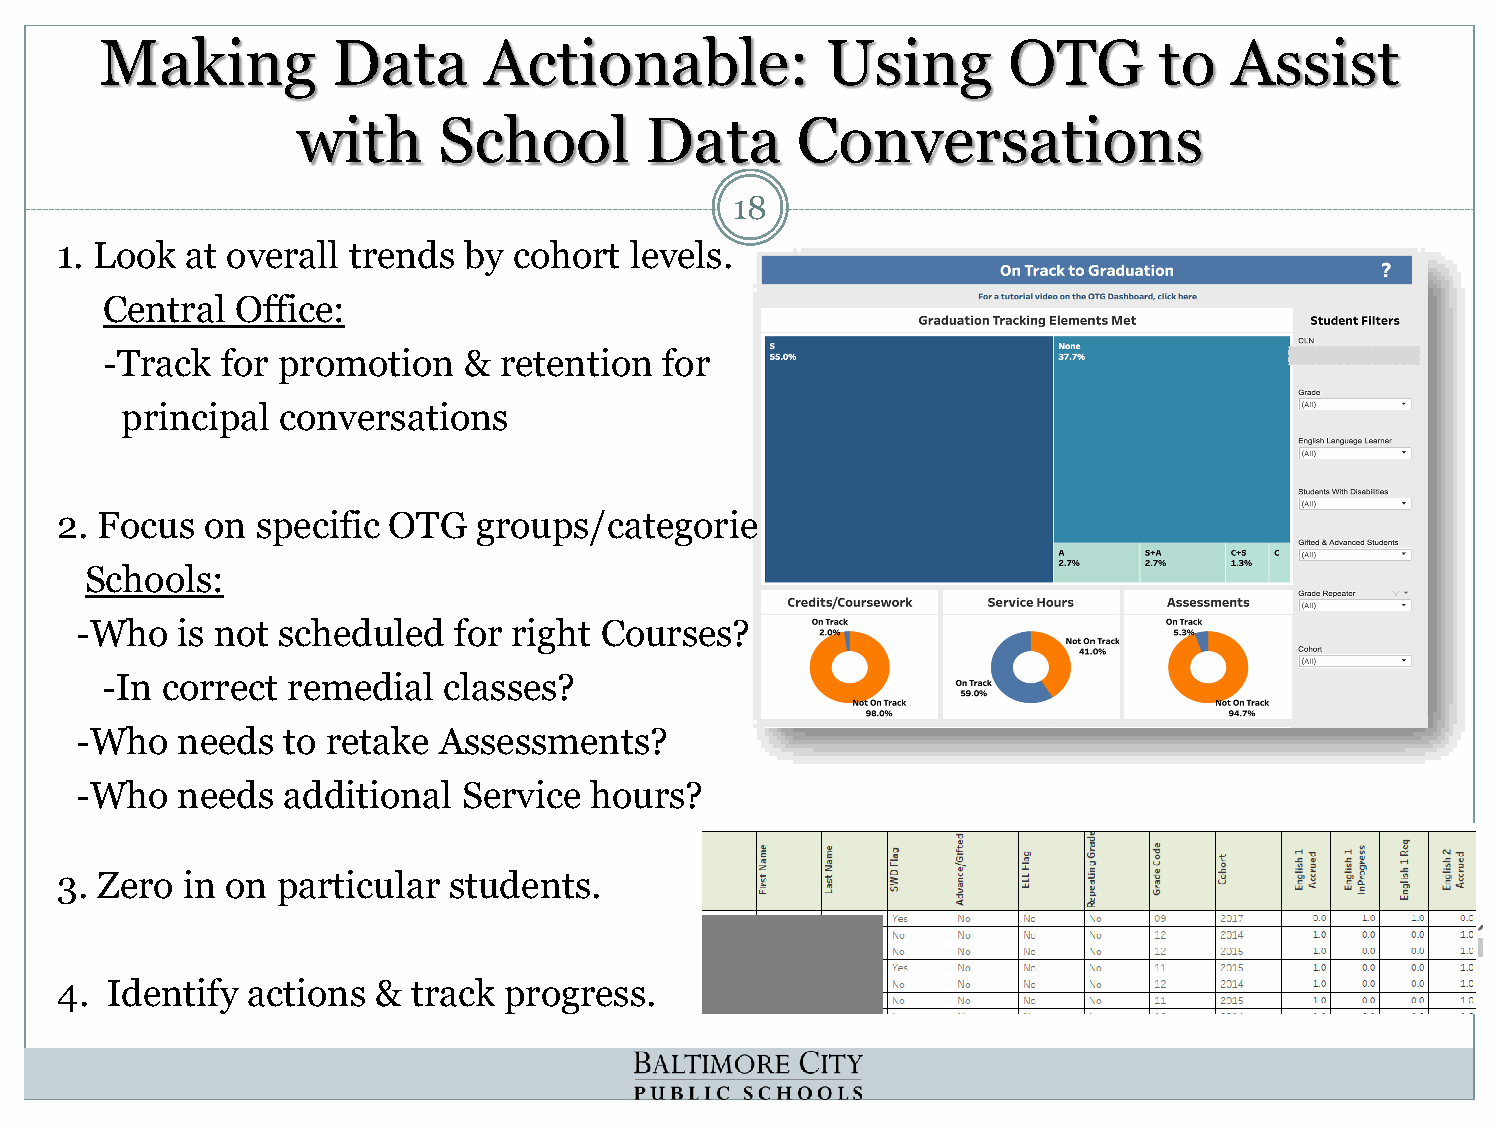
Making         Data      Actionable:            Using       OTG       to   Assist
 with     School        Data      Conversations
 18
 1. Look at overall trends  by cohort  levels.
 Central  Office:
 -Track  for promotion   & retention  for
 principal conversations
 2. Focus  on specific OTG  groups/categories.
 Schools:
 -Who   is not scheduled  for right Courses?
 -In correct remedial  classes?
 -Who   needs  to retake Assessments?
 -Who   needs  additional  Service hours?
 3. Zero in on particular  students.
 4. Identify actions  & track progress.